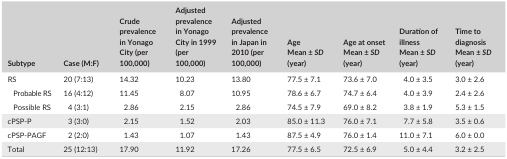
<table><thead><tr><td><b>Subtype</b></td><td><b>Case (M:F)</b></td><td><b>Crude prevalence in Yonago City (per 100,000)</b></td><td><b>Adjusted prevalence in Yonago City in 1999 (per 100,000)</b></td><td><b>Adjusted prevalence in Japan in 2010 (per 100,000)</b></td><td><b>AgeMean ± <i>SD</i> (year)</b></td><td><b>Age at onsetMean ± <i>SD</i> (year)</b></td><td><b>Duration of illnessMean ± <i>SD</i> (year)</b></td><td><b>Time to diagnosisMean ± <i>SD</i> (year)</b></td></tr></thead><tbody><tr><td>RS</td><td>20 (7:13)</td><td>14.32</td><td>10.23</td><td>13.80</td><td>77.5 ± 7.1</td><td>73.6 ± 7.0</td><td>4.0 ± 3.5</td><td>3.0 ± 2.6</td></tr><tr><td>Probable RS</td><td>16 (4:12)</td><td>11.45</td><td>8.07</td><td>10.95</td><td>78.6 ± 6.7</td><td>74.7 ± 6.4</td><td>4.0 ± 3.9</td><td>2.4 ± 2.6</td></tr><tr><td>Possible RS</td><td>4 (3:1)</td><td>2.86</td><td>2.15</td><td>2.86</td><td>74.5 ± 7.9</td><td>69.0 ± 8.2</td><td>3.8 ± 1.9</td><td>5.3 ± 1.5</td></tr><tr><td>cPSP‐P</td><td>3 (3:0)</td><td>2.15</td><td>1.52</td><td>2.03</td><td>85.0 ± 11.3</td><td>76.0 ± 7.1</td><td>7.7 ± 5.8</td><td>3.5 ± 0.6</td></tr><tr><td>cPSP‐PAGF</td><td>2 (2:0)</td><td>1.43</td><td>1.07</td><td>1.43</td><td>87.5 ± 4.9</td><td>76.0 ± 1.4</td><td>11.0 ± 7.1</td><td>6.0 ± 0.0</td></tr><tr><td>Total</td><td>25 (12:13)</td><td>17.90</td><td>11.92</td><td>17.26</td><td>77.5 ± 6.5</td><td>72.5 ± 6.9</td><td>5.0 ± 4.4</td><td>3.2 ± 2.5</td></tr></tbody></table>